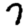
Digit: 7